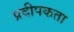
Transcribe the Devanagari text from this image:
प्रदीपकता